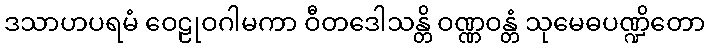
ဒသာဟပရမံ ဝေဠုဝဂါမကာ ဝီတဒေါသန္တိ ဝဏ္ဏဝန္တံ သုမေဓပဏ္ဍိတော